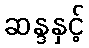
ဆန္ဒနှင့်